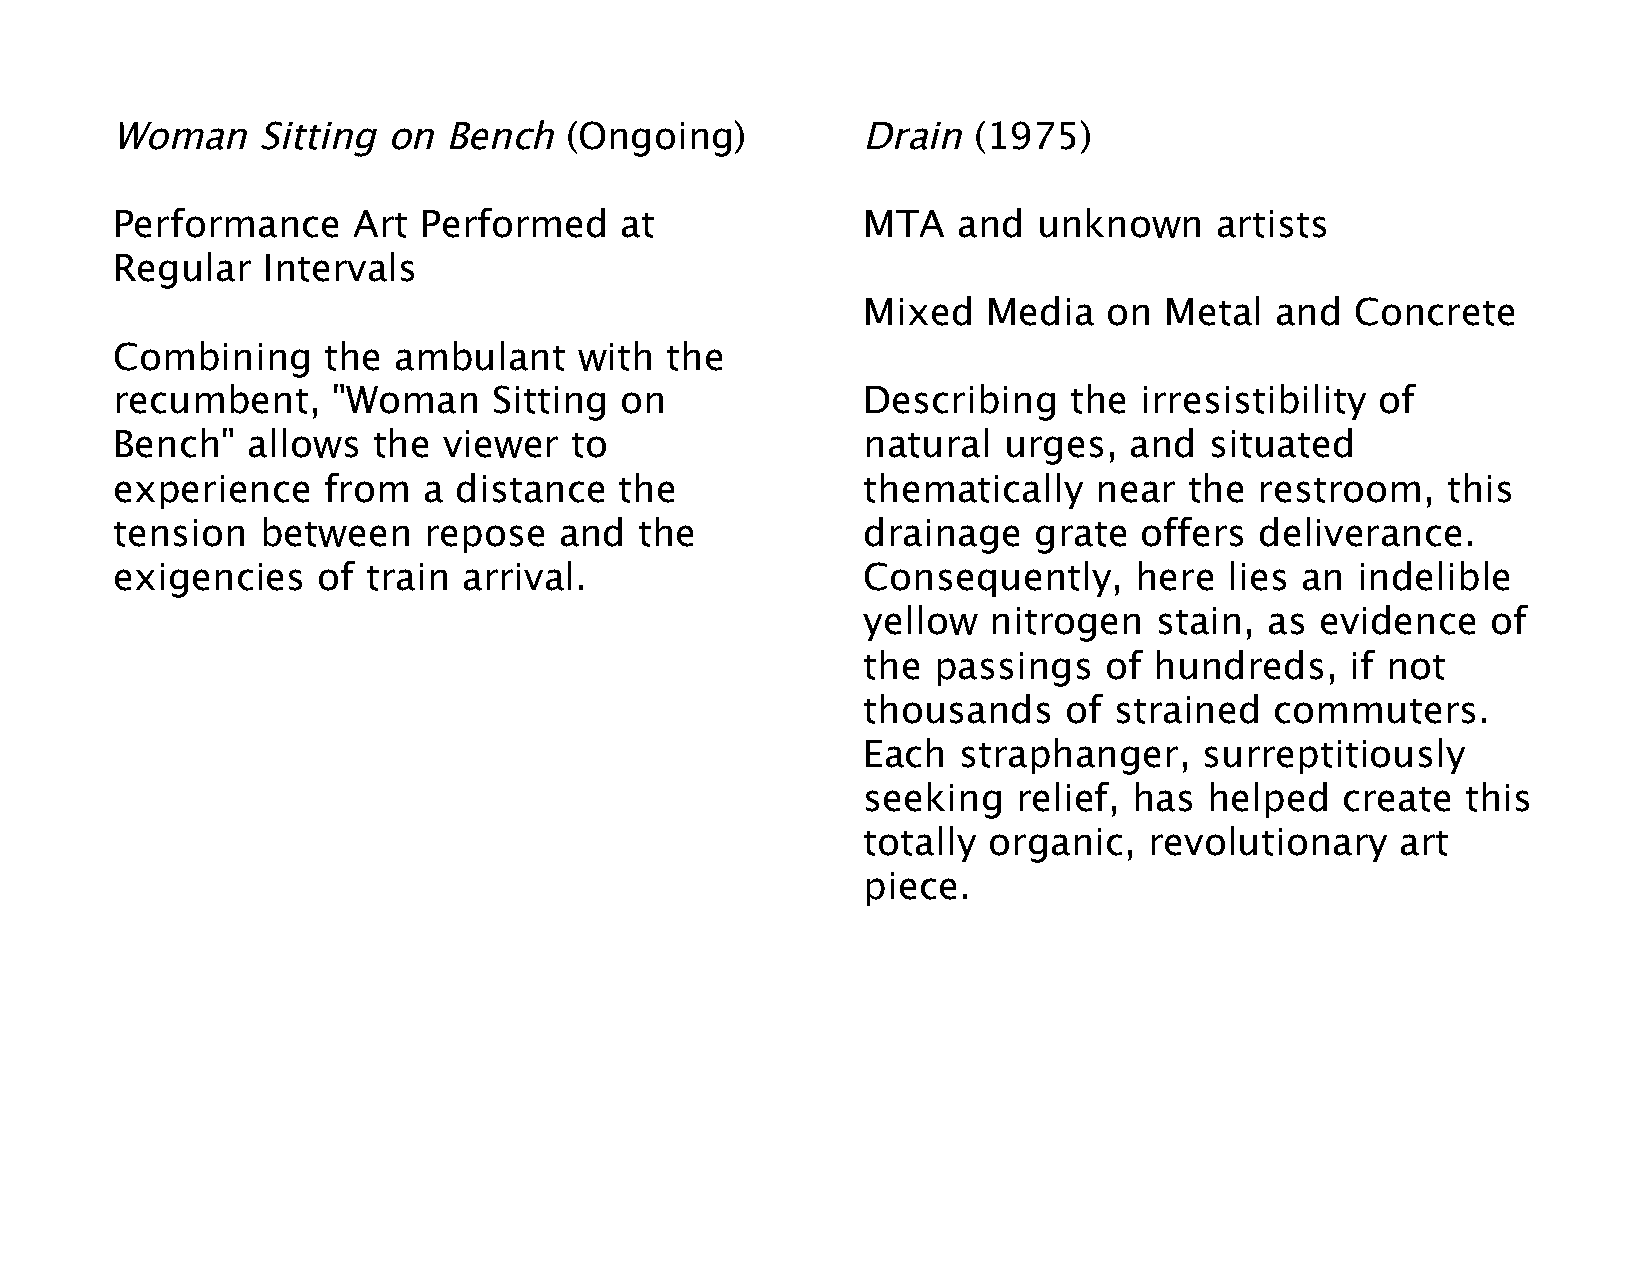
Woman     Sitting  on Bench   (Ongoing)           Drain  (1975)
 Performance     Art  Performed    at              MTA   and   unknown    artists
 Regular   Intervals
 Mixed   Media   on  Metal  and   Concrete
 Combining     the  ambulant    with  the
 recumbent,     "Woman     Sitting on              Describing    the irresistibility of
 Bench"   allows   the viewer   to                 natural  urges,   and  situated
 experience    from   a distance   the             thematically   near   the restroom,    this
 tension   between    repose   and  the            drainage   grate  offers  deliverance.
 exigencies    of train  arrival.                  Consequently,     here  lies an  indelible
 yellow  nitrogen   stain,  as evidence    of
 the  passings   of hundreds,    if not
 thousands    of  strained  commuters.
 Each  straphanger,     surreptitiously
 seeking   relief, has  helped   create  this
 totally organic,   revolutionary    art
 piece.